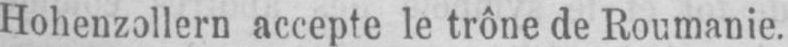
Hohenzollern accepte le trône de Roumanie.